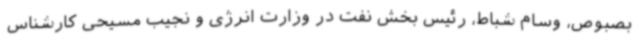
بصبوص، وسام شباط، رئیس بخش نفت در وزارت انرژی و نجیب مسیحی کارشناس